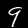
Label: 9